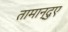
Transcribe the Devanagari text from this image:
तामान्दुए